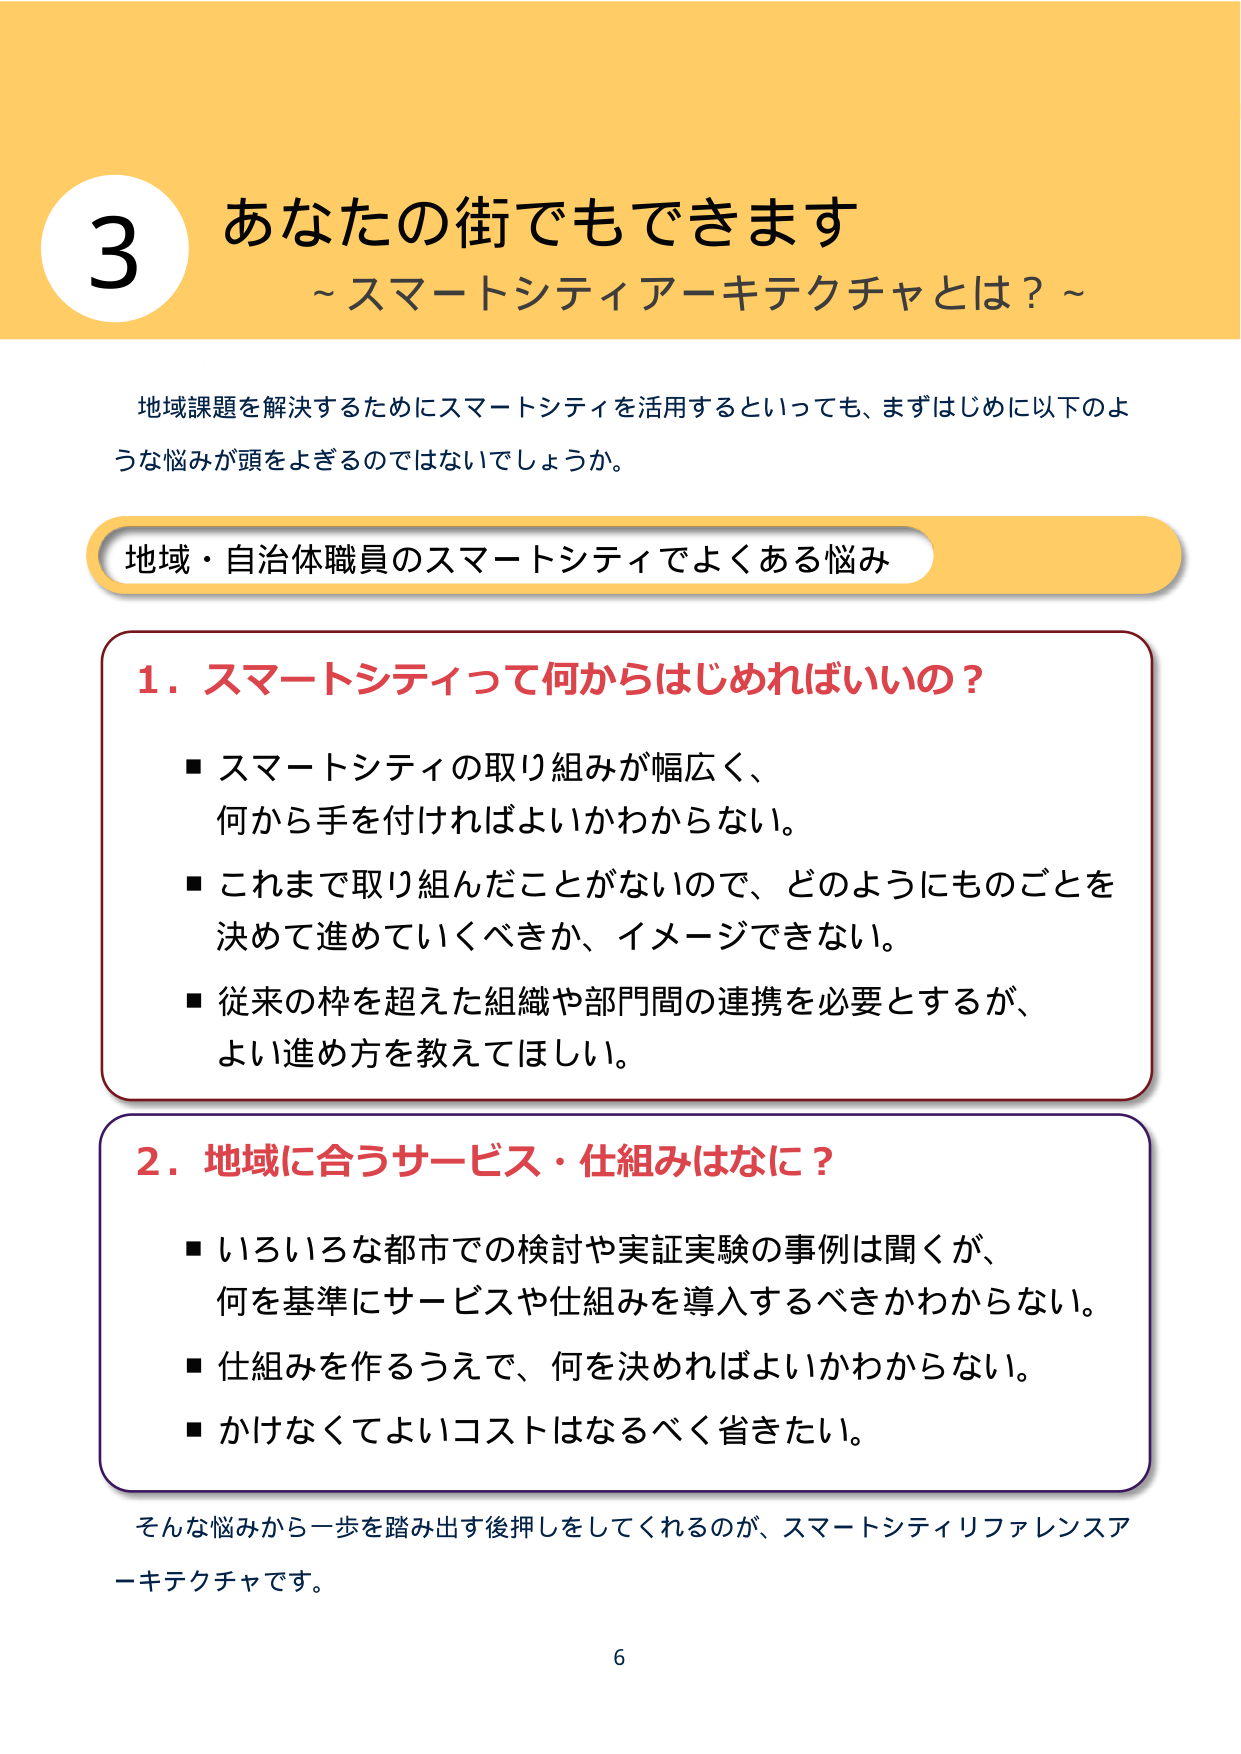
3 あなたの街でもできます
～スマートシティアーキテクチャとは？～

地域課題を解決するためにスマートシティを活用するといっても、まずはじめに以下のような悩みが頭をよぎるのではないでしょうか。

地域・自治体職員のスマートシティでよくある悩み

1. スマートシティって何からはじめればいいの？
■ スマートシティの取り組みが幅広く、
何から手を付ければよいかわからない。
■ これまで取り組んだことがないので、どのようにものごとを
決めて進めていくべきか、イメージできない。
■ 従来の枠を超えた組織や部門間の連携を必要とするが、
よい進め方を教えてほしい。

2. 地域に合うサービス・仕組みはなに？
■ いろいろな都市での検討や実証実験の事例は聞くが、
何を基準にサービスや仕組みを導入するべきかわからない。
■ 仕組みを作るうえで、何を決めればよいかわからない。
■ かけなくてよいコストはなるべく省きたい。

そんな悩みから一歩を踏み出す後押しをしてくれるのが、スマートシティリファレンスアーキテクチャです。

6